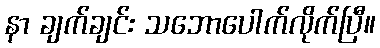
နာ ချက်ချင်း သဘောပေါက်လိုက်ပြီ။